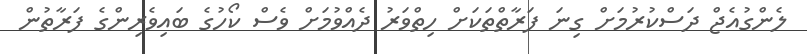
ލެންގުއެޖް ދަސްކުރުމަށް ގިނަ ފަރާތްތަކަށް ހިތްވަރު ދެއްވުމަށް ވެސް ކޯހުގެ ބައިވެރިންގެ ފަރާތުން